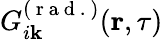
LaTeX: G_{i\mathbf{k}}^{(\mathrm{{~r~a~d~.~}})}(\textbf{{r}},\tau)